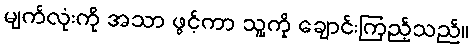
မျက်လုံးကို အသာ ဖွင့်ကာ သူ့ကို ချောင်းကြည့်သည်။